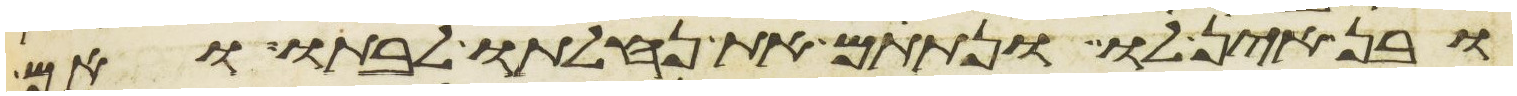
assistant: ובן אין לו ונתתם את נחלתו לבתו ואם